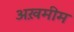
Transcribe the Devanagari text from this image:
अख़मीम